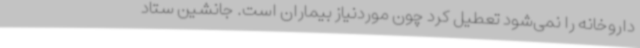
داروخانه را نمی‌شود تعطیل کرد چون موردنیاز بیماران است. جانشین ستاد